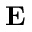
\mathbf { E }